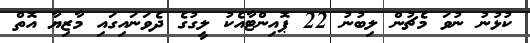
ކުޅުނު ނުވަ މެޗުން ލިބުނު 22 ޕޮއިންޓާއެކު ލީގުގެ ދެވަނައިގައި މާޒިޔާ އޮތް